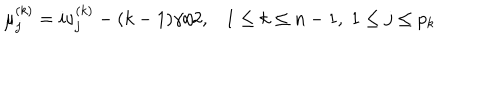
LaTeX: \mu _ { j } ^ { ( k ) } = i \nu _ { j } ^ { ( k ) } - ( k - 1 ) \gamma / 2 , 1 \leq k \leq n - 1 , \; 1 \leq j \leq p _ { k }